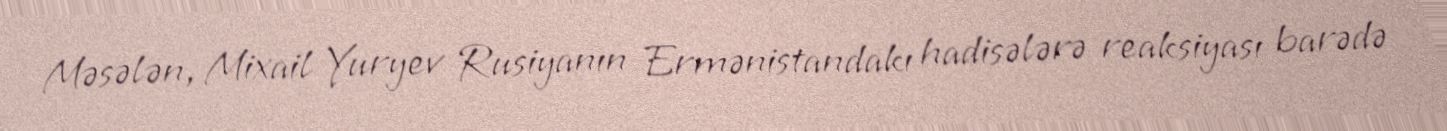
Məsələn, Mixail Yuryev Rusiyanın Ermənistandakı hadisələrə reaksiyası barədə